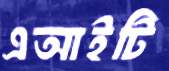
এআইটি